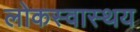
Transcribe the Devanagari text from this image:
लोकस्वास्थय